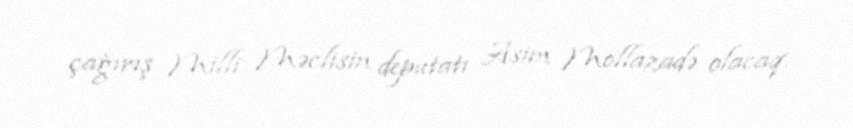
çağırış Milli Məclisin deputatı Asim Mollazadə olacaq.